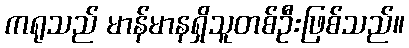
ကရုသည် မာန်မာနရှိသူတစ်ဦးဖြစ်သည်။